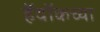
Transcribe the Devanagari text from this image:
हॅवॉकच्या